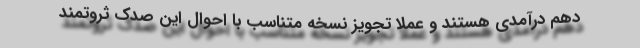
دهم درآمدی هستند و عملاً تجویز نسخه متناسب با احوال این صدک ثروتمند